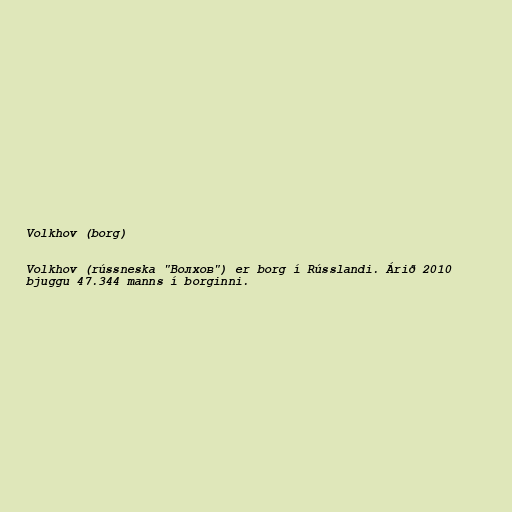
Volkhov (borg)

Volkhov (rússneska "Волхов") er borg í Rússlandi. Árið 2010
bjuggu 47.344 manns í borginni.